Sanitation, dispensaries and jails vaccination Rajputana 1922-1927 - 1922-1927
Year: 1922
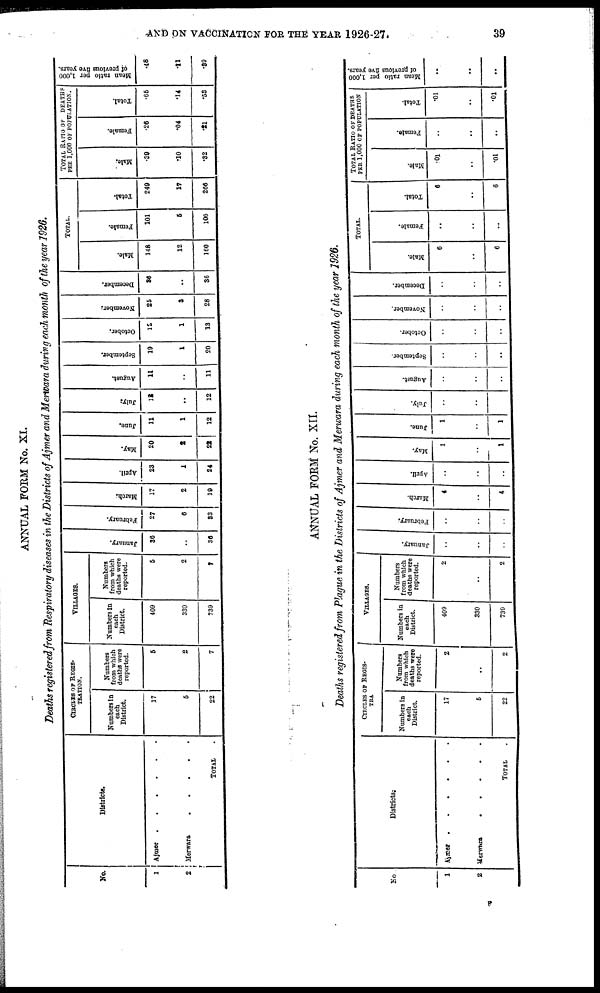
AND ON VACCINATION FOR THE YEAR 1926-27.
39
ANNUAL FORM No. XI.
Deaths registered from Respiratory diseases in the Districts of Ajmer and Merwara during each month of the year 1926.
No.
1
2
Districts.
Ajmer . . . . .
Merwara
.
.
.
.
TOTAL .
CIRCLES OF REGIS-
-------.
Numbers in
each
District.
17
5
22
Numbers
from which
deaths were
reported.
5
2
7
VILLAGES.
Numbers In
each
District.
409
330
739
Numbers
from which
deaths were
reported.
5
2
7
January.
36
..
36
February.
27
6
83
March.
17
2
19
April.
23
1
24
May.
20
2
22
June.
11
1
12
July.
12
..
12
August.
11
..
11
September.
19
1
20
October.
12
1
13
November.
25
3
28
December.
36
..
36
TOTAL.
Male.
148
12
160
Female.
101
5
106
Total.
249
17
266
TOTAL RATIO OF DEATHS
PER 1,000 OF POPULATION.
Male.
.39
.10
.32
Female.
.26
.04
.21
Total.
.65
.14
.53
Mean ratio per 1,000
of previous five years.
.48
.11
.39
ANNUAL FORM No. XII.
Deaths registered from Plague in the Districts of Ajmer and Merwara during each month of the year 1926.
No
1
2
Districts.
Ajmer
.
.
.
.
.
Merwara
.
.
.
.
TOTAL .
CIRCLES OF REGIS-
TRA
Numbers in
each
District.
17
5
22
Numbers
from which
deaths were
reported.
2
..
2
VILLAGES.
Numbers in
each
District.
409
330
739
Numbers
from which
deaths were
reported.
2
..
2
January.
..
..
..
February.
..
..
..
March.
4
..
4
April.
..
..
..
May.
1
..
1
June.
1
..
1
July.
..
..
..
August.
..
..
..
September.
..
..
..
October.
..
..
..
November.
..
..
..
December.
..
..
..
TOTAL.
Male.
6
..
6
Female.
..
..
..
Total.
6
..
6
TOTAL RATIO OF DEATHS
PER 1,000 OF POPULATION
Male.
.01
..
.01
Female.
..
..
..
Total.
.01
..
.01
Mean ratio per 1,000
of previous five years.
..
..
..
B